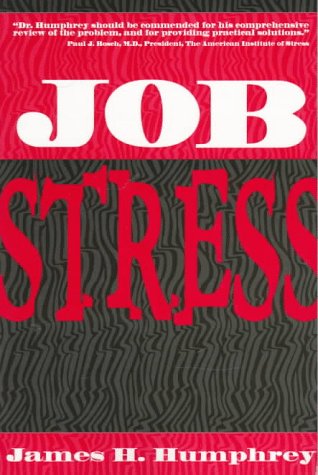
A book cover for Job Stress: Don't Be a Victim; James H. Humphrey; Business & Money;